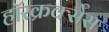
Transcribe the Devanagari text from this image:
हॉरक्रक्सेस